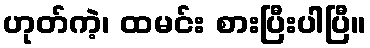
ဟုတ်ကဲ့၊ ထမင်း စားပြီးပါပြီ။